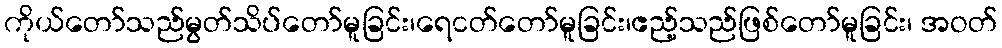
ကိုယ်တော်သည်မွတ်သိပ်တော်မူခြင်း၊ရေငတ်တော်မူခြင်း၊ဧည့်သည်ဖြစ်တော်မူခြင်း၊ အဝတ်